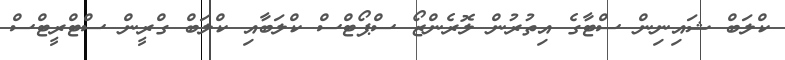
ކްލަބް ޝައިނިން ސްޓާގެ އިތުރުން ލޮރެންޒޯ ސްޕޯޓްސް ކްލަބާއި ކްލަބް ގްރީން ސްޓްރީޓްސް